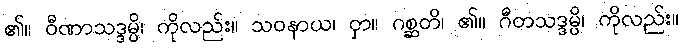
၏။ ဝီဏာသဒ္ဒမ္ပိ၊ ကိုလည်း။ သဝနာယ၊ ငှာ။ ဂစ္ဆတိ၊ ၏။ ဂီတသဒ္ဒမ္ပိ၊ ကိုလည်း။